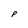
Character: P